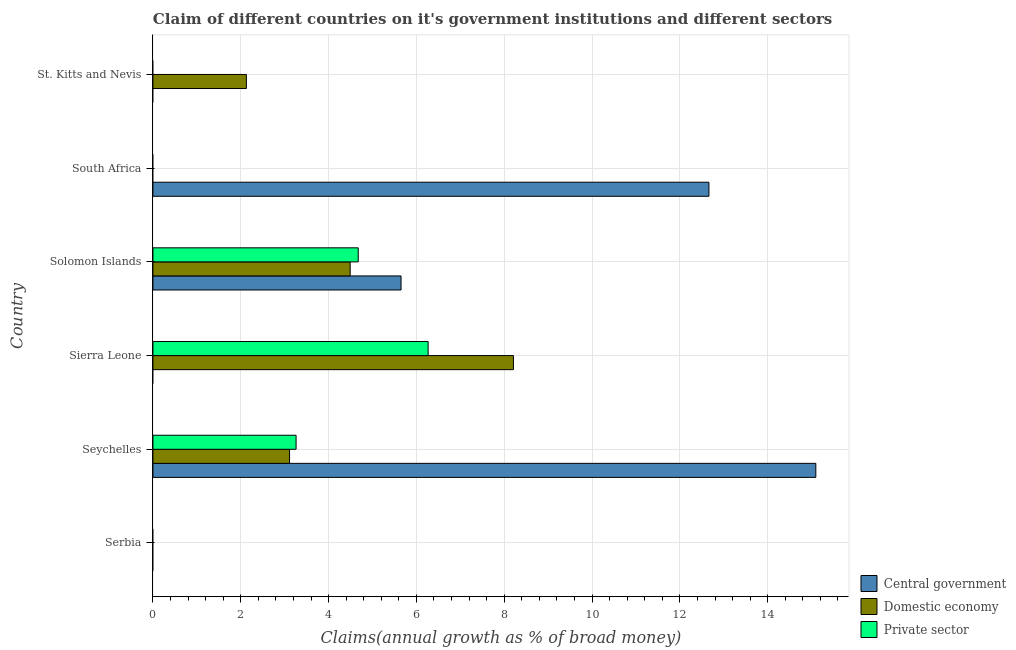
| Country | Central government | Domestic economy | Private sector |
 | --- | --- | --- | --- |
 | Serbia | -10.8 | -71 | -71.6 |
 | Seychelles | 15.1 | 3.11 | 3.26 |
 | Sierra Leone | -1.81 | 8.21 | 6.27 |
 | Solomon Islands | 5.65 | 4.49 | 4.68 |
 | South Africa | 12.7 | -11.8 | -16.1 |
 | St. Kitts and Nevis | -2.22 | 2.13 | -1.41 |